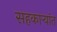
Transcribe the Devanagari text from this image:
सहकार्‍यांत